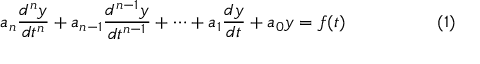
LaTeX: a _ { n } { \frac { d ^ { n } y } { d t ^ { n } } } + a _ { n - 1 } { \frac { d ^ { n - 1 } y } { d t ^ { n - 1 } } } + \cdots + a _ { 1 } { \frac { d y } { d t } } + a _ { 0 } y = f ( t ) \qquad \qquad \quad ( 1 )